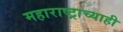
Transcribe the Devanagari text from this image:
महाराष्ट्राच्याही